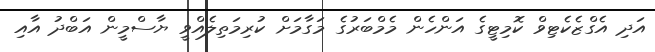
އަދި އެގްޒެކެޓިވް ކޮމިޓީގެ އަންހެން މެމްބަރުގެ މަގާމަށް ކުރިމަތިލެއްވީ ޔާސްމީން އަބްދު އާއި